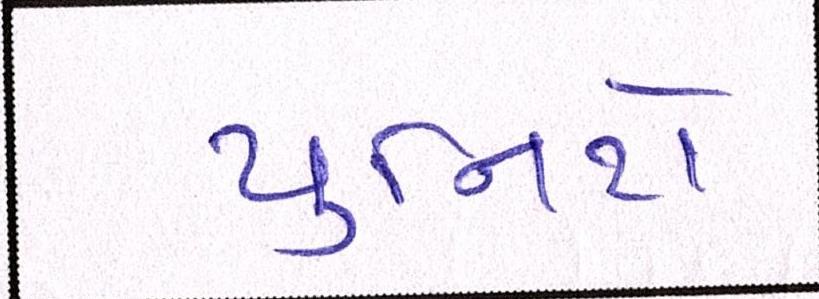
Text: યુનિટો